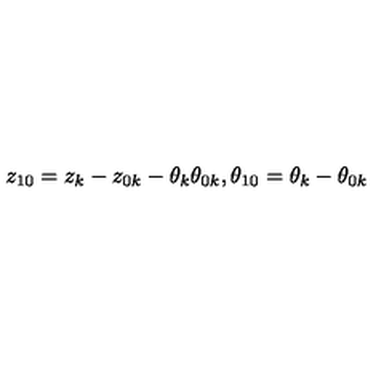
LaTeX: z _ { 1 0 } = z _ { k } - z _ { 0 k } - \theta _ { k } \theta _ { 0 k } , \theta _ { 1 0 } = \theta _ { k } - \theta _ { 0 k }